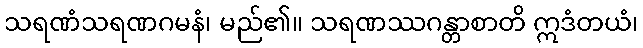
သရဏံသရဏဂမနံ၊ မည်၏။ သရဏဿဂန္တာစာတိ ဣဒံတယံ၊